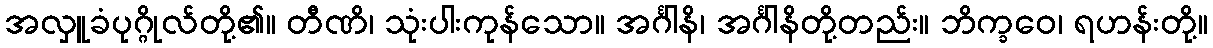
အလှူခံပုဂ္ဂိုလ်တို့၏။ တီဏိ၊ သုံးပါးကုန်သော။ အင်္ဂါနိ၊ အင်္ဂါနိတို့တည်း။ ဘိက္ခဝေ၊ ရဟန်းတို့။